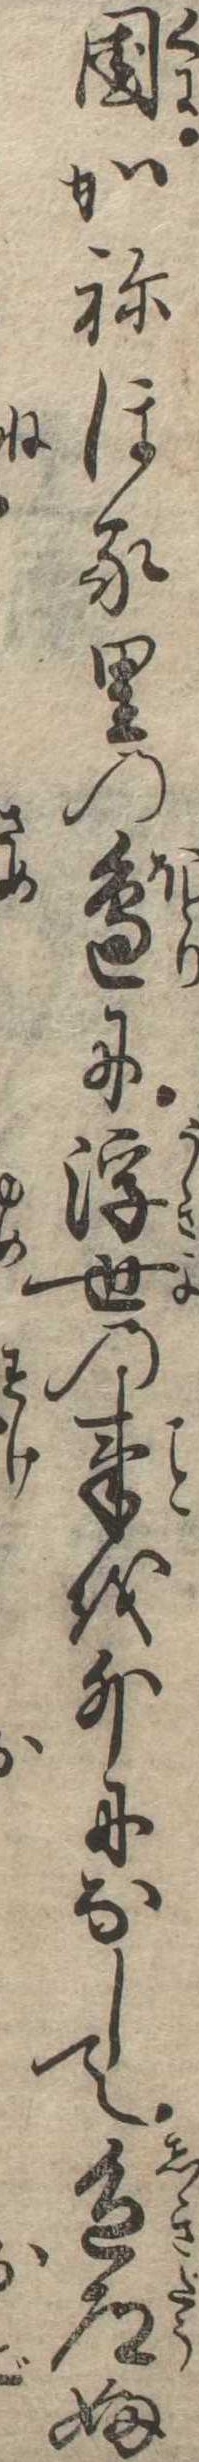
国かねほる里の辺に浮世の事を外になして色道ふ